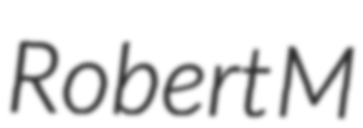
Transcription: Robert M